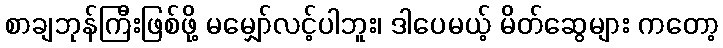
စာချဘုန်ကြီးဖြစ်ဖို့ မမျှော်လင့်ပါဘူး၊ ဒါပေမယ့် မိတ်ဆွေများ ကတော့